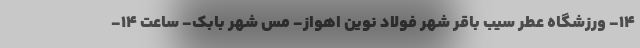
۱۴- ورزشگاه عطر سیب باقر شهر فولاد نوین اهواز- مس شهر بابک- ساعت ۱۴-